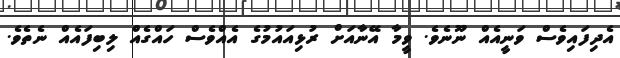
އެދިފައިވެސް ވަނީއެއް ނޫނެވެ. ވީމާ އޭނާއަށް ރުޅިއައުމުގެ އެއްވެސް ހައްގެއް ލިބިފައެއް ނެތެވެ.